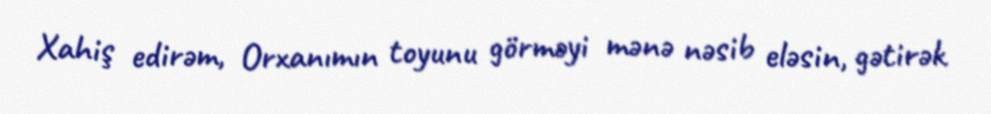
Xahiş edirəm, Orxanımın toyunu görməyi mənə nəsib eləsin, gətirək